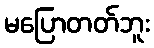
မပြောတတ်ဘူး